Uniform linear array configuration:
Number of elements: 48
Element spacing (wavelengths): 0.25
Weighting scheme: hann
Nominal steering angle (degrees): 15
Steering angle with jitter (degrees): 14.638
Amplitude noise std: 0.05
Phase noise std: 0.05

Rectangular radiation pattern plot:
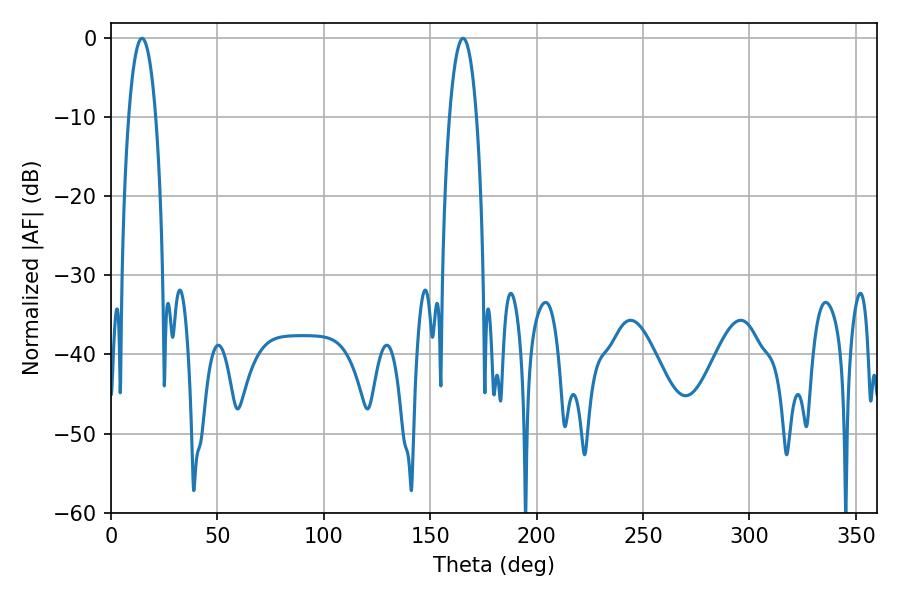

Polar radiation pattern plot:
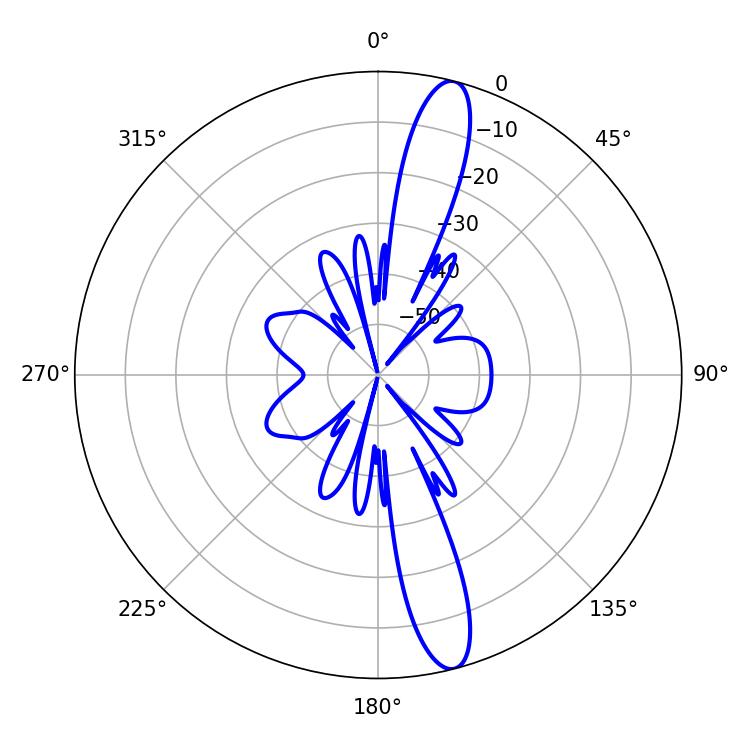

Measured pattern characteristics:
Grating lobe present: FALSE
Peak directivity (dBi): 14.773
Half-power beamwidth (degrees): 7.2
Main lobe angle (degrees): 14.58